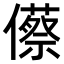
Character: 𠐐